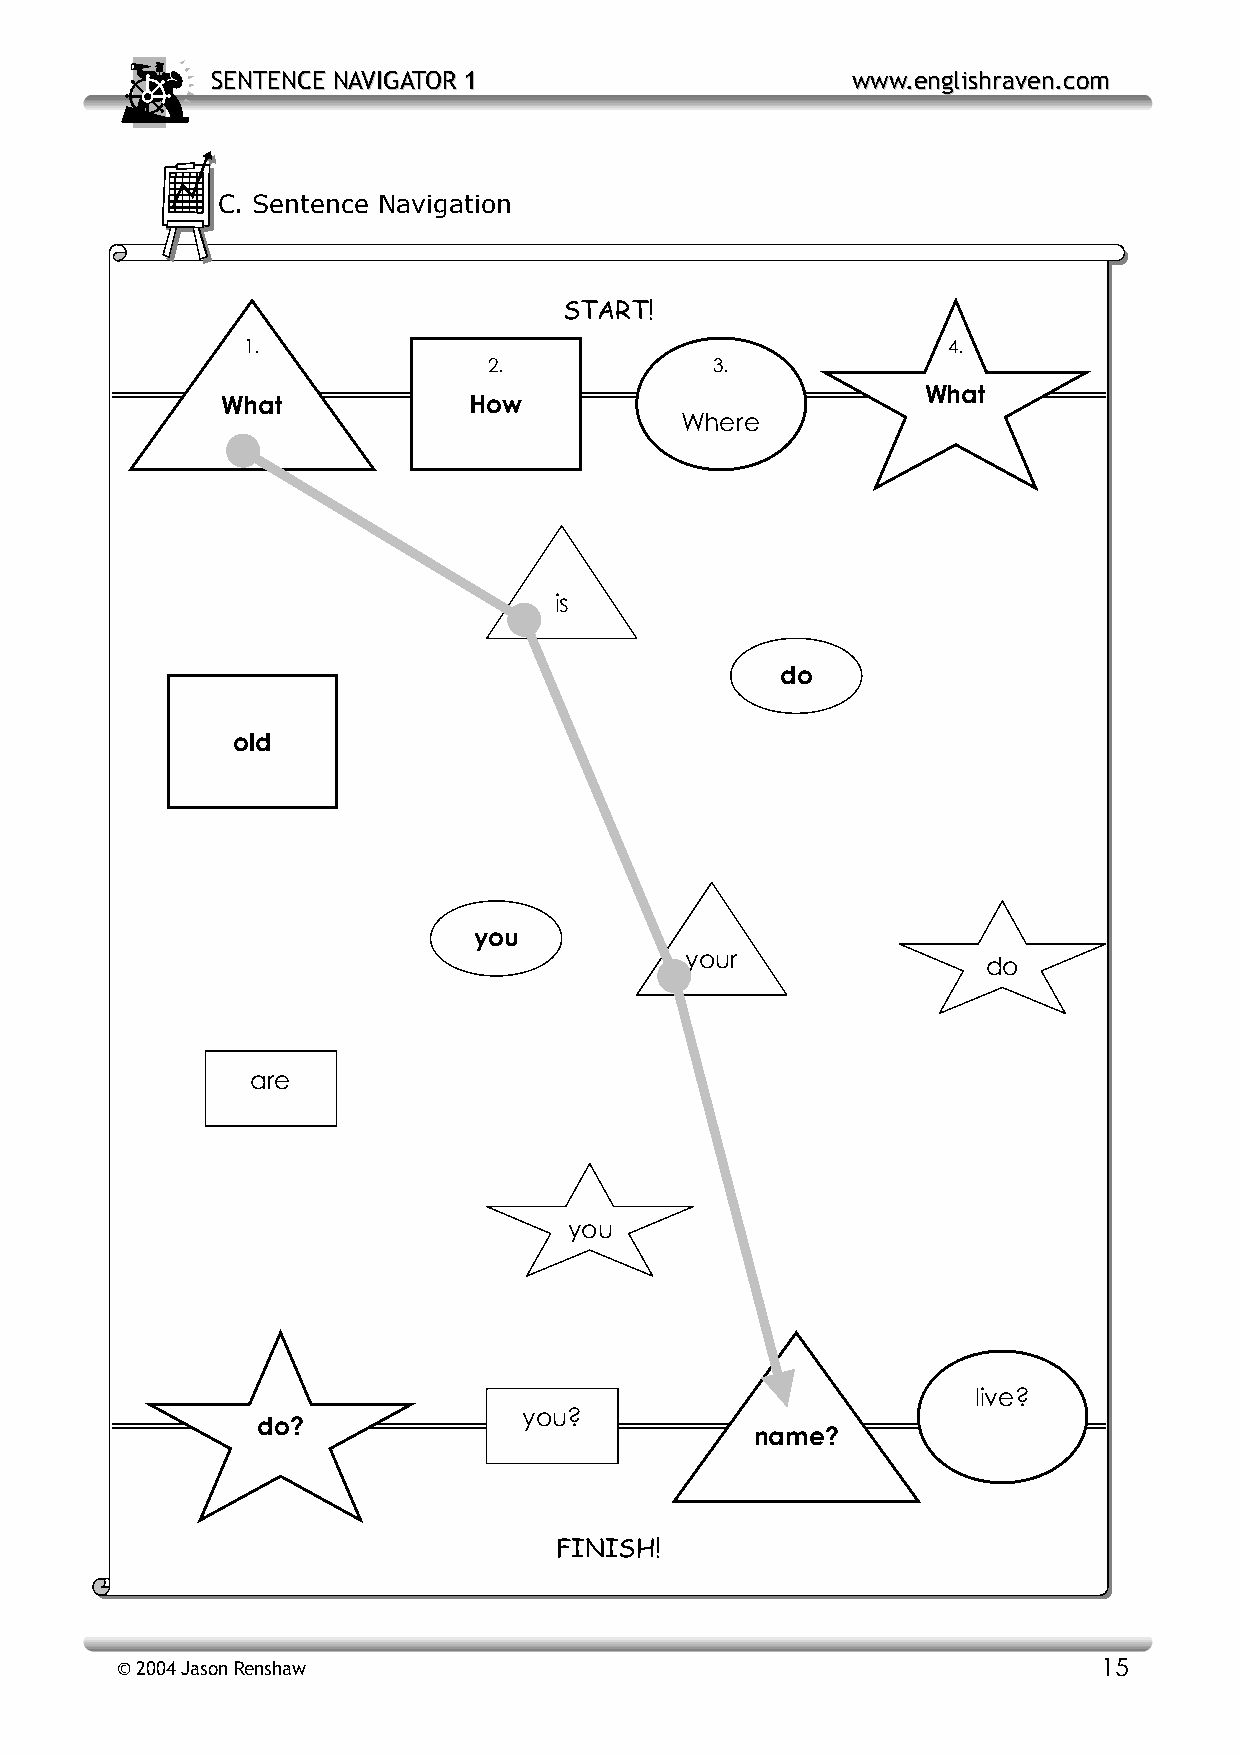
SSEENNTTEENNCCEE NNAAVVIIGGAATTOORR 11    wwwwww..eenngglliisshhrraavveenn..ccoomm
 C. Sentence Navigation
 START!
 1.                                             4.
 2 .            3.
 What
 What            How
 Where
 is
 do
 old
 you
 your
 do
 are
 you
 live?
 you?
 do?
 name?
 FINISH!
 © 2004 Jason Renshaw                                             15